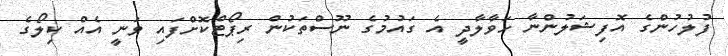
ފުލުހުންގެ އޮފިޝަލުންނާ ހަވާލާދީ އެ ގައުމުގެ ނޫސްތަކުން ރިޕޯޓްކޮށްފައި ވަނީ އެއް ކިލޯގެ